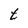
Character: t